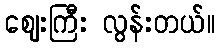
ဈေးကြီး လွန်းတယ်။